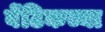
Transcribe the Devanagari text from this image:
बेंटिकच्या